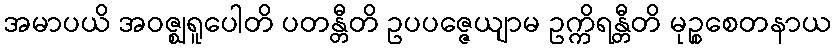
အမာပယိ အဝဇ္ဈရူပေါတိ ပတန္တီတိ ဥပပဇ္ဇေယျာမ ဥက္ကိရန္တီတိ မုဉ္စစေတနာယ